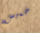
خميس